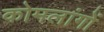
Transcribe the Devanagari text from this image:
कोमलांगों